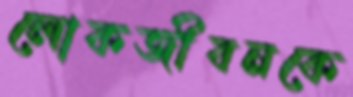
লোকজীবনকে